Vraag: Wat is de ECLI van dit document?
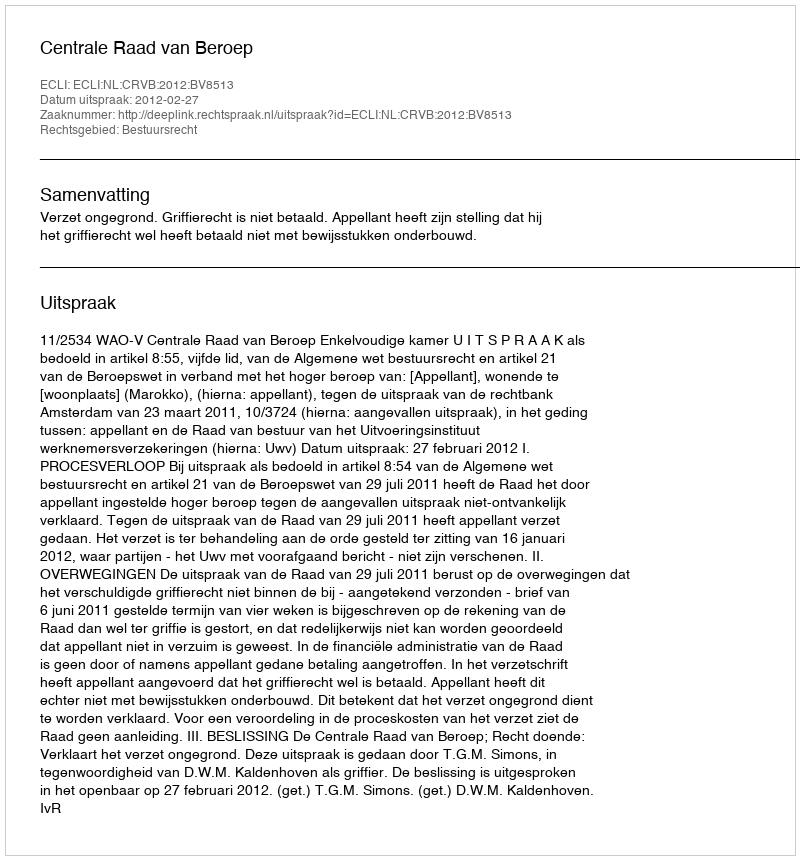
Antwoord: ECLI:NL:CRVB:2012:BV8513